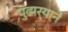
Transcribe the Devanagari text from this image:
पुढार्‍याने